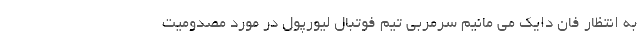
به انتظار فان دایک می مانیم سرمربی تیم فوتبال لیورپول در مورد مصدومیت